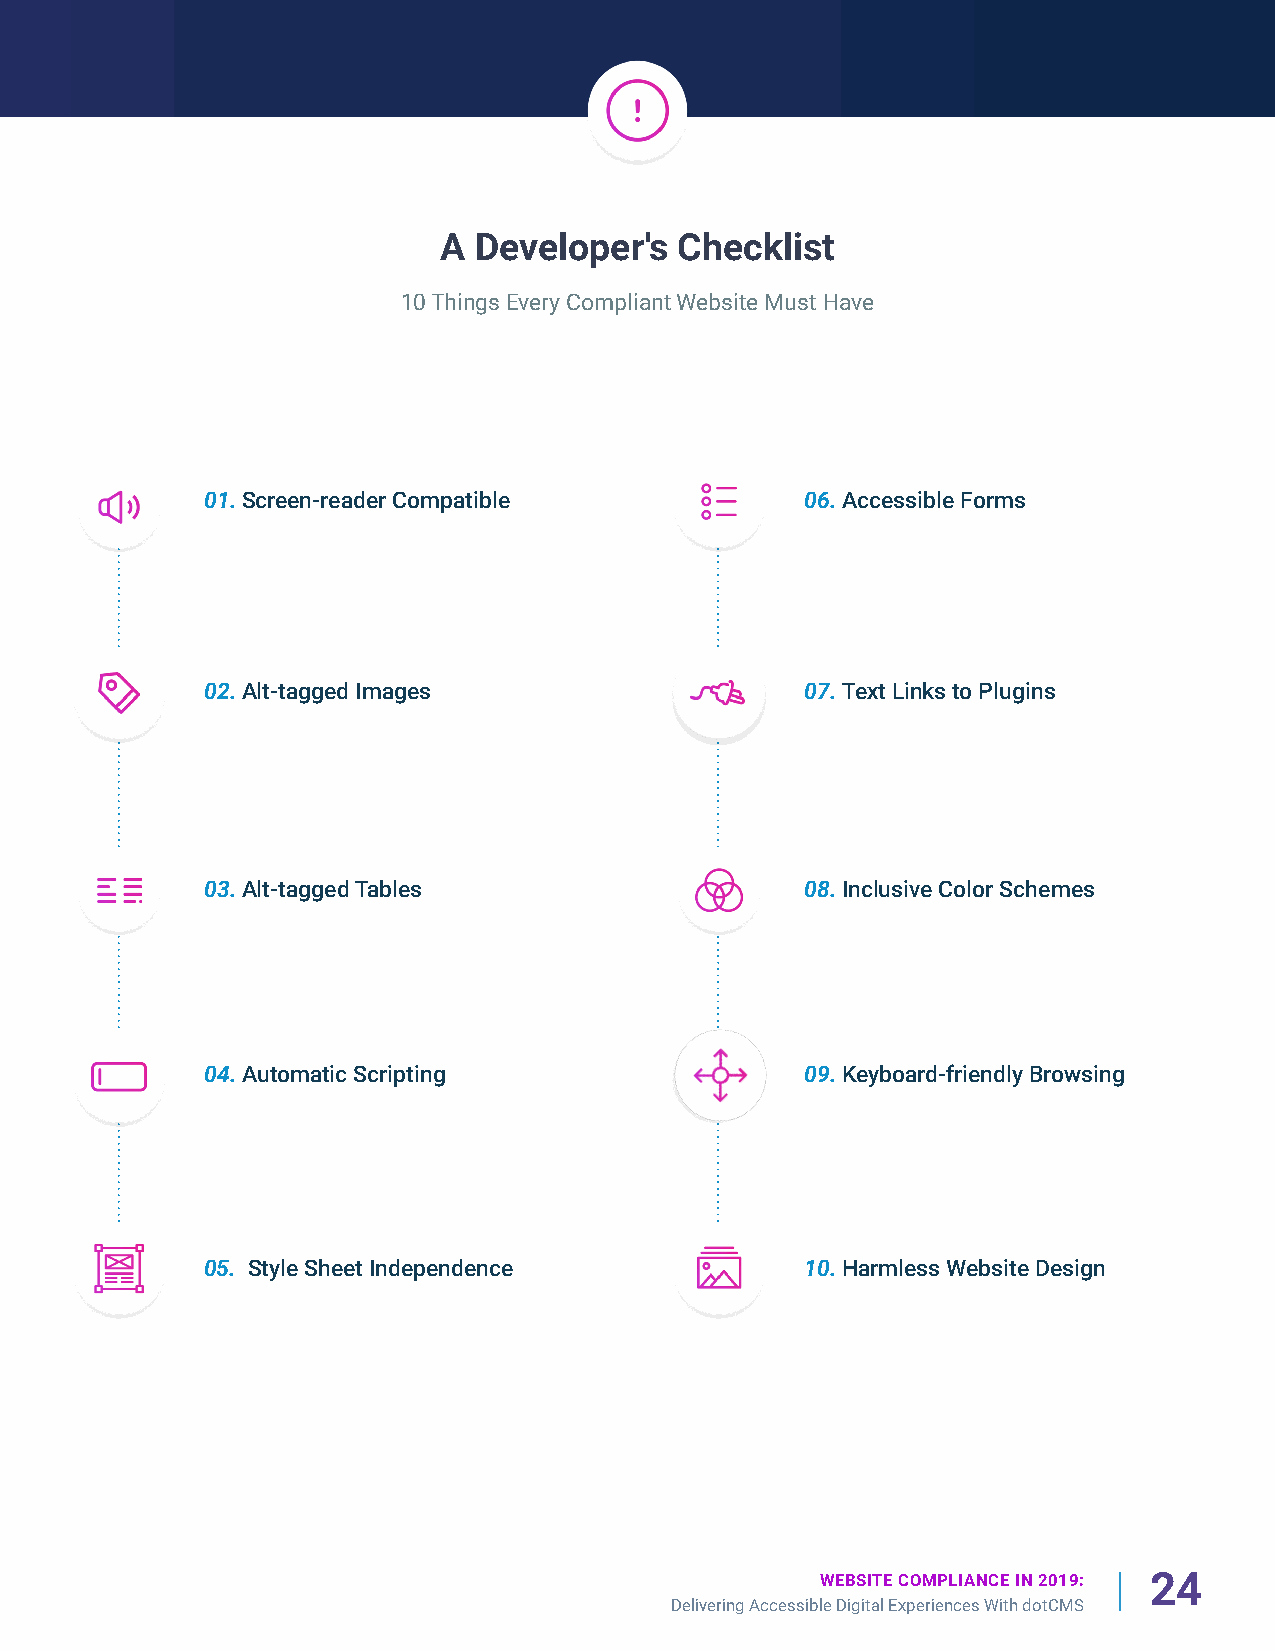
A Developer's   Checklist
 10 Things Every Compliant Website Must Have
 01. Screen-reader Compatible           06. Accessible Forms
 02. Alt-tagged Images                  07. Text Links to Plugins
 03. Alt-tagged Tables                  08. Inclusive Color Schemes
 04. Automatic Scripting                09. Keyboard-friendly Browsing
 05. Style Sheet Independence           10. Harmless Website Design
 WEBSITE COMPLIANCE IN 2019: 24
 Delivering Accessible Digital Experiences With dotCMS